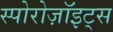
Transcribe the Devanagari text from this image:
स्पोरोज़ॉइट्स